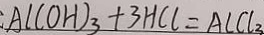
A 1 ( O H ) _ { 3 } + 3 H C l = A C C l _ { 3 }